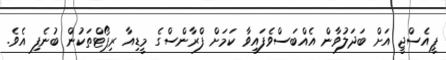
ޕީއެސްޖީ އަށް ބަދަލުވާން އެއްބަސްވެފައިވާ ކަމަށް ފްރާންސްގެ މީޑިއާ ރިޕޯޓްތަކުން ބުނެފި އެވެ.